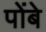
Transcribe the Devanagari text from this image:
पोंबे